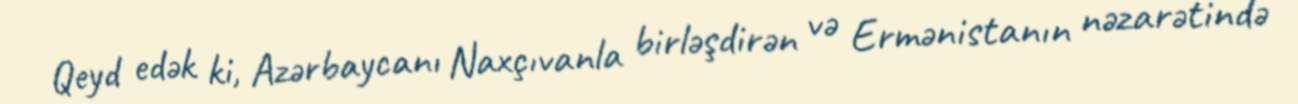
Qeyd edək ki, Azərbaycanı Naxçıvanla birləşdirən və Ermənistanın nəzarətində